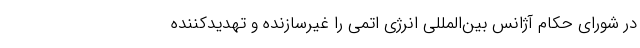
در شورای حکام آژانس بین‌المللی انرژی اتمی را غیرسازنده و تهدیدکننده